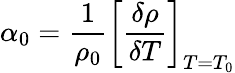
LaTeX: \alpha_{0}={\frac{1}{\rho_{0}}}\left[{\frac{\delta\rho}{\delta T}}\right]_{T=T_{0}}